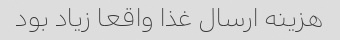
هزینه ارسال غذا واقعا زیاد بود